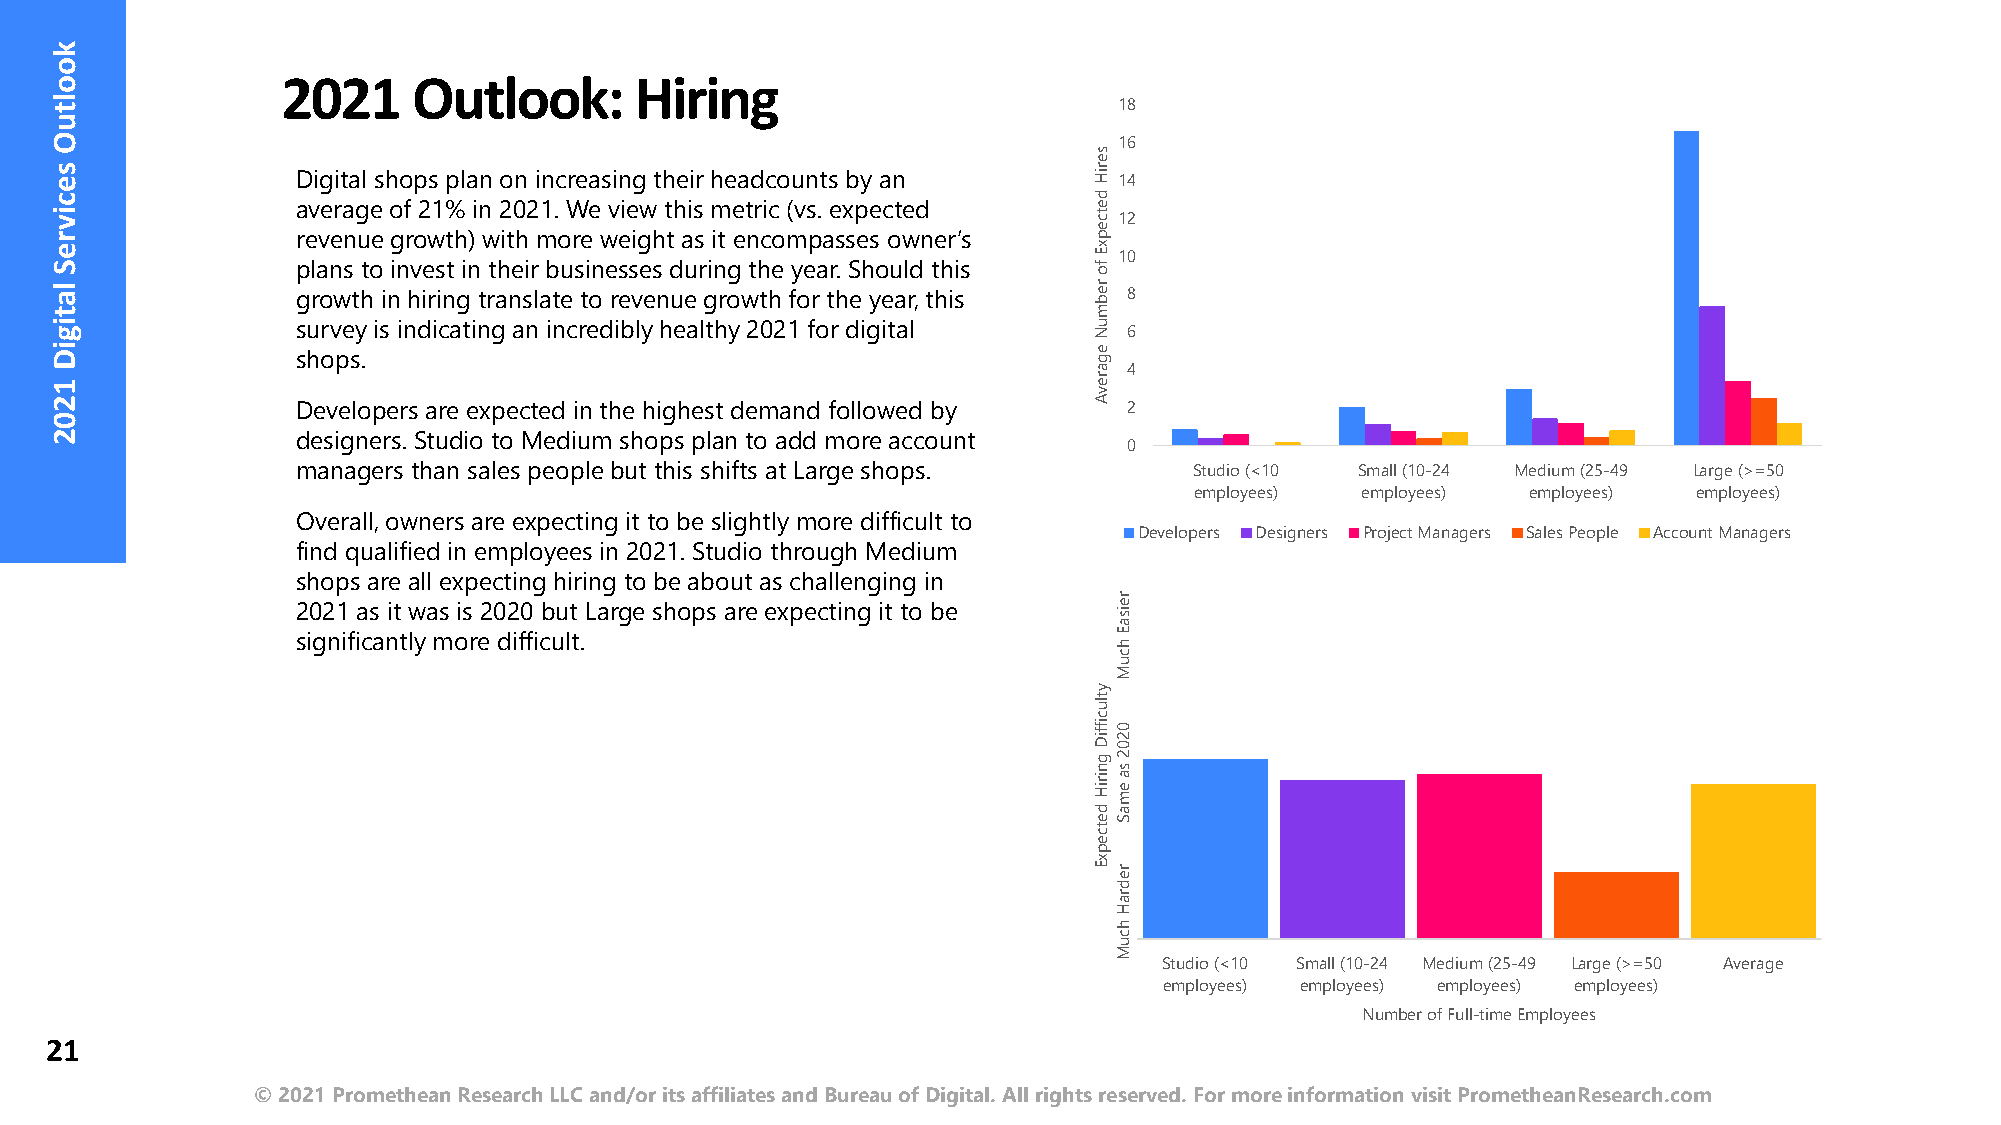
2021    Outlook:       Hiring
 18
 16
 Digital shops plan on increasing their headcounts by an 14
 average of 21% in 2021. We view this metric (vs. expected
 12
 revenue growth) with more weight as it encompasses owner’s
 10
 plans to invest in their businesses during the year. Should this
 growth in hiring translate to revenue growth for the year, this 8
 survey is indicating an incredibly healthy 2021 for digital 6
 shops.
 4
 Developers are expected in the highest demand followed by 2
 designers. Studio to Medium shops plan to add more account
 0
 managers than sales people but this shifts at Large shops. Studio (<10 Small (10-24 Medium (25-49 Large (>=50
 employees) employees) employees) employees)
 Overall, owners are expecting it to be slightly more difficult to
 Developers Designers Project Managers Sales People Account Managers
 find qualified in employees in 2021. Studio through Medium
 shops are all expecting hiring to be about as challenging in
 2021 as it was is 2020 but Large shops are expecting it to be
 significantly more difficult.
 Studio (<10 Small (10-24 Medium (25-49 Large (>=50 Average
 employees) employees) employees) employees)
 Number of Full-time Employees
 21
 © 2021 Promethean Research LLC and/or its affiliates and Bureau of Digital. All rights reserved. For more information visit PrometheanResearch.com
 kooltuO
 secivreS
 latigiD
 1202
 seriH
 detcepxE
 fo
 rebmuN
 egarevA
 ytluciffiD
 gniriH
 detcepxE
 reisaE
 hcuM
 0202
 sa
 emaS
 redraH
 hcuM